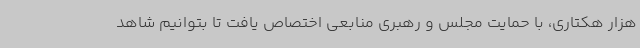
هزار هکتاری، با حمایت مجلس و رهبری منابعی اختصاص یافت تا بتوانیم شاهد